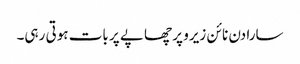
سارا دن نا ئن زیرو پر چھاپے پر بات ہوتی رہی۔